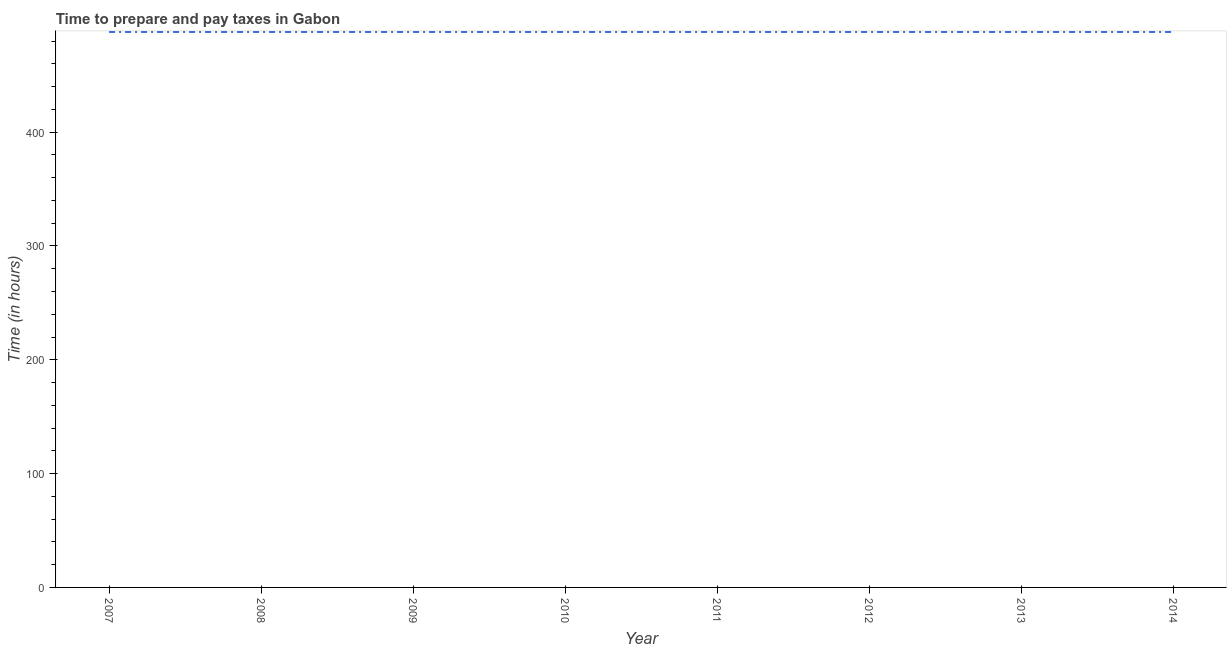
| Year | Time to prepare and pay taxes |
 | --- | --- |
 | 2007 | 488 |
 | 2008 | 488 |
 | 2009 | 488 |
 | 2010 | 488 |
 | 2011 | 488 |
 | 2012 | 488 |
 | 2013 | 488 |
 | 2014 | 488 |